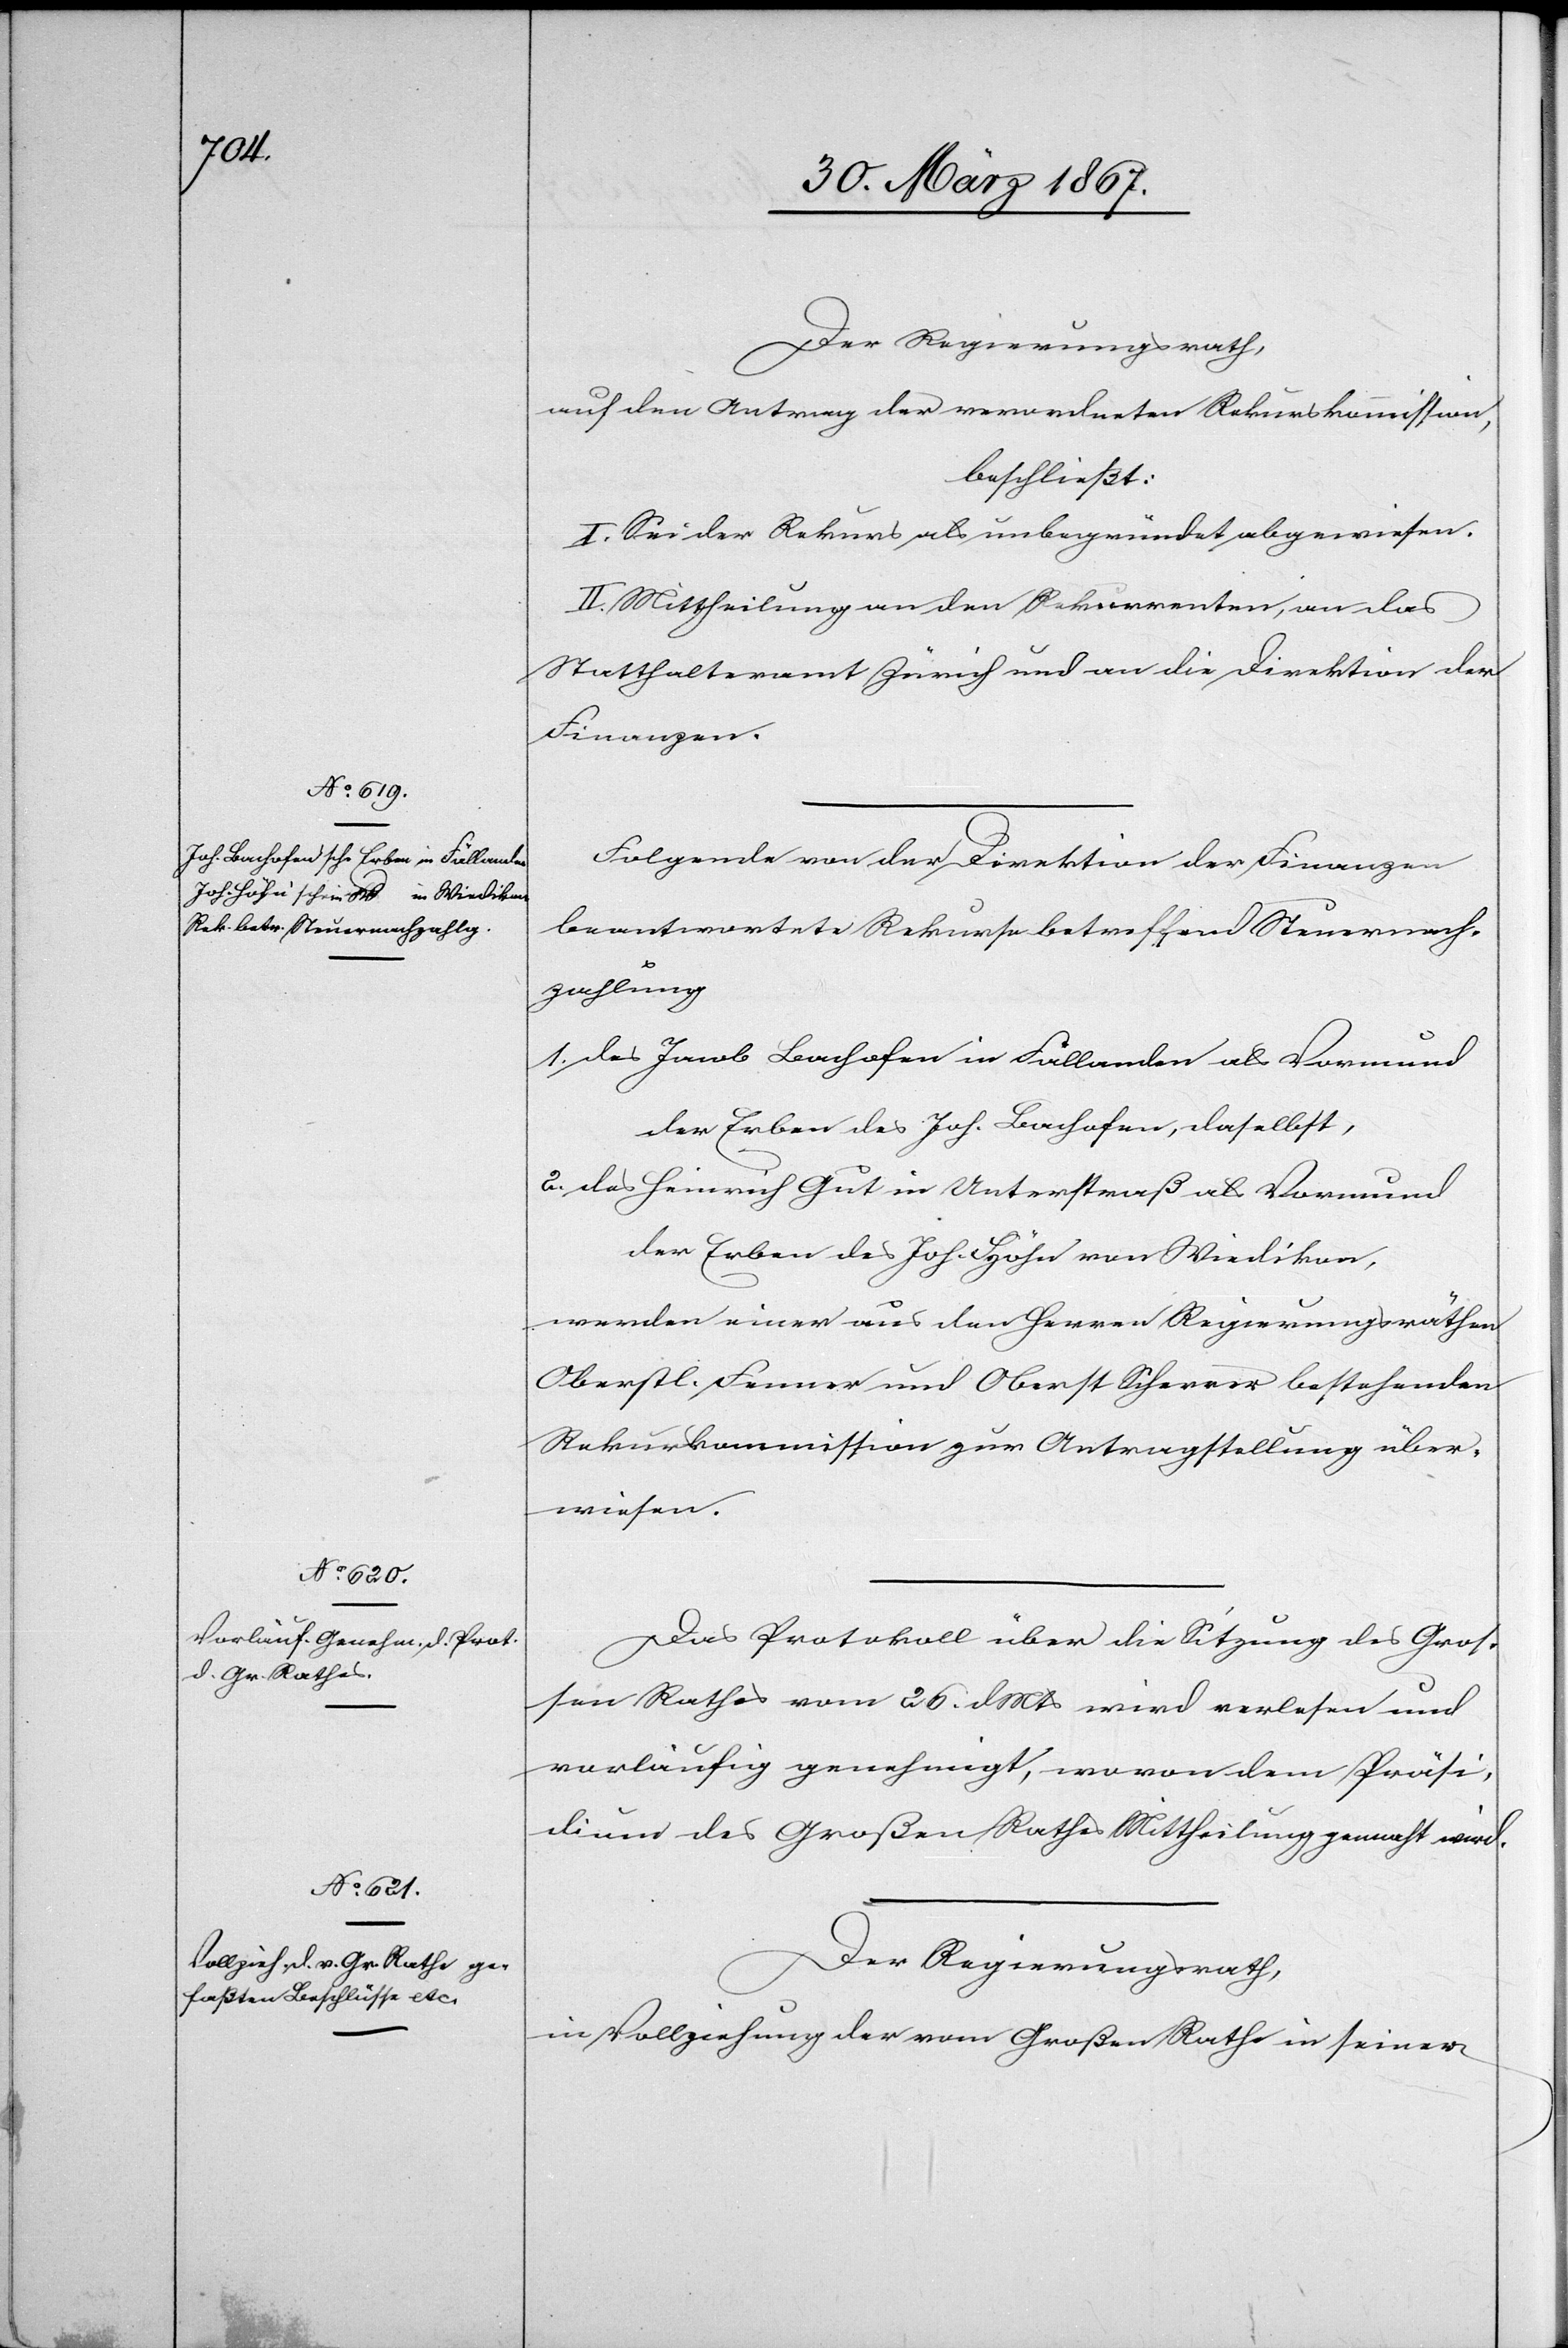
Der Regierungsrath,
auf den Antrag der verordneten Rekurskommission,
beschließt:
I. Sei der Rekurs als unbegründet abgewiesen.
II. Mittheilung an den Rekurrenten, an das
Statthalteramt Zürich und an die Direktion der
Finanzen.
Folgende von der Direktion der Finanzen
beantwortete Rekurse betreffend Steuernach¬
zahlung
1. des Jacob Bachofen in Fällanden als Vormund
der Erben des Joh. Bachofen, daselbst,
2. des Heinrich Gut in Unterstraß als Vormund
der Erben des Joh. Höhn von Wiedikon,
werden einer aus den Herren Regierungsräthen
Oberstl. Fenner und Oberst Scherrer bestehenden
Rekurskommission zur Antragstellung über¬
wiesen.
Das Protokoll über die Sitzung des Groß¬
en Rathes vom 26. d. Mts wird verlesen und
vorläufig genehmigt, wovon dem Präsi¬
dium des Großen Rathes Mittheilung gemacht wird.
Der Regierungsrath,
in Vollziehung der vom Großen Rathe in seiner